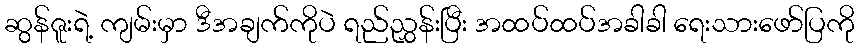
ဆွန်ဇူးရဲ့ ကျမ်းမှာ ဒီအချက်ကိုပဲ ရည်ညွှန်းပြီး အထပ်ထပ်အခါခါ ရေးသားဖော်ပြကို